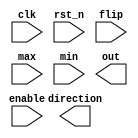
`timescale 1ns/1ps
module Parameterized_Ping_Pong_Counter (
    input clk, 
    input rst_n, 
    input enable, 
    input flip, 
    input [3:0] max, 
    input [3:0] min, 
    output reg direction, 
    output reg [3:0] out
);

// Output signals can be reg or wire
// add your design here

endmodule